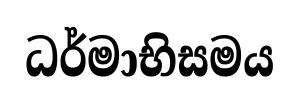
ධර්මාභිසමය